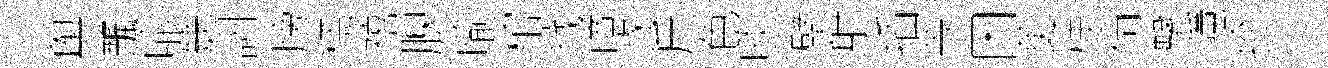
舆飄喩兟詶牓糕禧腴喻棺戮噫逐斤色啖擘射插䓁困茰桂倘擊隱扵